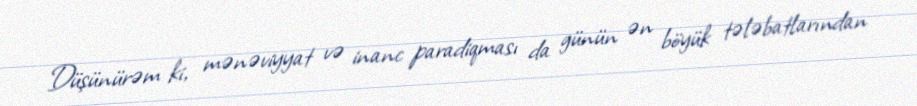
Düşünürəm ki, mənəviyyat və inanc paradiqması da günün ən böyük tələbatlarından